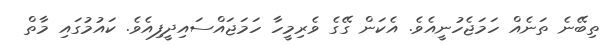
ތިބޭނެ ތަނެއް ހަމަޖެހުނީއެވެ. އެކަން ގޭގެ ވެރިމީހާ ހަމަޖައްސައިދީފިއެވެ. ކައުމުގައި މާތް